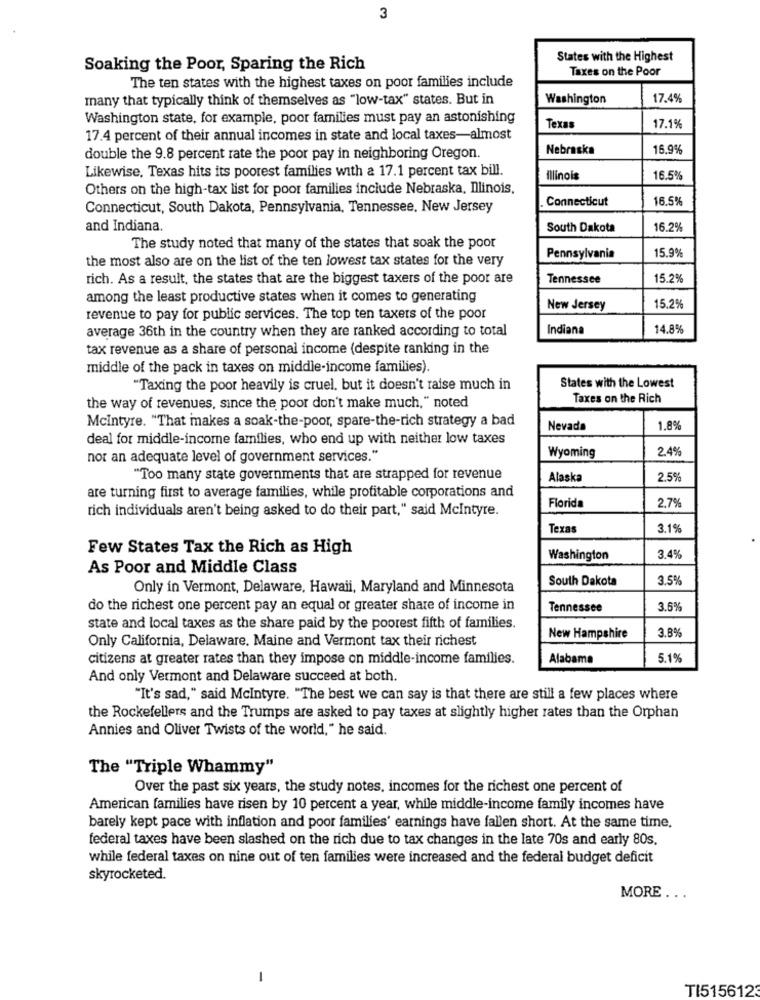
3
States with the Highest
Soaking the Poor, Sparing the Rich
Taxes on the Poor
The ten states with the highest taxes on poor families include
many that typically think of themselves as "low-tax" states. But in
Washington
17.4%
Washington state, for example, poor families must pay an astonishing
Texas
17.1%
17.4 percent of their annual incomes in state and local taxes-almost
Nebraska
16,9%
double the 9.8 percent rate the poor pay in neighboring Oregon.
Likewise, Texas hits its poorest families with a 17.1 percent tax bill.
Illinois
16.5%
Others on the high-tax list for poor families include Nebraska, Illinois,
Connecticut
16.5%
Connecticut, South Dakota, Pennsylvania, Tennessee, New Jersey
and Indiana.
South Dakota
16.2%
The study noted that many of the states that soak the poor
15,9%
the most also are on the list of the ten lowest tax states for the very
Pennsylvania
rich. As a result, the states that are the biggest taxers of the poor are
Tennessee
15.2%
among the least productive states when it comes to generating
New Jersey
15.2%
revenue to pay for public services. The top ten taxers of the poor
average 36th in the country when they are ranked according to total
Indiana
14.8%
tax revenue as a share of personal income (despite ranking in the
middle of the pack in taxes on middle-income families).
"Taxing the poor heavily is cruel, but it doesn't raise much in
States with the Lowest
Taxes on the Rich
the way of revenues, since the poor don't make much," noted
Mcintyre. "That makes a soak-the-poor, spare-the-rich strategy a bad
Nevada
1.8%
deal for middle-income families, who end up with neither low taxes
2.4%
nor an adequate level of government services."
Wyoming
"Too many state governments that are strapped for revenue
Alaska
2.5%
are turning first to average families, while profitable corporations and
2.7%
rich individuals aren't being asked to do their part," said Mcintyre.
Florida
Texas
3.1%
Few States Tax the Rich as High
Washington
3.4%
As Poor and Middle Class
South Dakota
3.5%
Only in Vermont, Delaware, Hawaii, Maryland and Minnesota
do the richest one percent pay an equal or greater share of income in
Tennessee
3.6%
state and local taxes as the share paid by the poorest fifth of families.
3.8%
Only California, Delaware, Maine and Vermont tax their richest
New Hampshire
citizens at greater rates than they impose on middle-income families.
Alabama
5.1%
And only Vermont and Delaware succeed at both.
"It's sad," said Mcintyre. "The best we can say is that there are still a few places where
the Rockefellers and the Trumps are asked to pay taxes at slightly higher rates than the Orphan
Annies and Oliver Twists of the world," he said.
The "Triple Whammy"
Over the past six years, the study notes, incomes for the richest one percent of
American families have risen by 10 percent a year, while middle-income family incomes have
barely kept pace with inflation and poor families' earnings have fallen short. At the same time.
federal taxes have been slashed on the rich due to tax changes in the late 70s and early 80s.
while federal taxes on nine out of ten families were increased and the federal budget deficit
skyrocketed.
MORE . ..
-
TI5156123